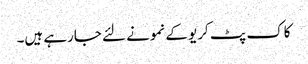
کاک پٹ کریو کے نمونے لئے جارہے ہیں۔